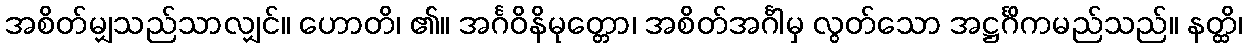
အစိတ်မျှသည်သာလျှင်။ ဟောတိ၊ ၏။ အင်္ဂဝိနိမုတ္တော၊ အစိတ်အင်္ဂါမှ လွတ်သော အဋ္ဌင်္ဂိကမည်သည်။ နတ္ထိ၊